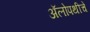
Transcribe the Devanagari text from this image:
अॅलोपथीचे